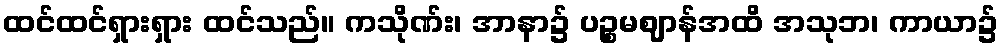
ထင်ထင်ရှားရှား ထင်သည်။ ကသိုဏ်း၊ အာနာ၌ ပဉ္စမဈာန်အထိ အသုဘ၊ ကာယာ၌